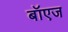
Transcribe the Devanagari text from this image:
बॉएज